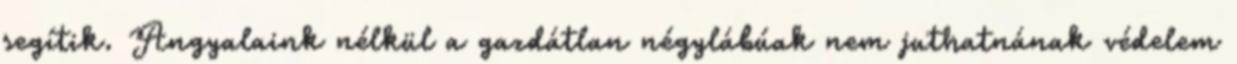
segítik. Angyalaink nélkül a gazdátlan négylábúak nem juthatnának védelem